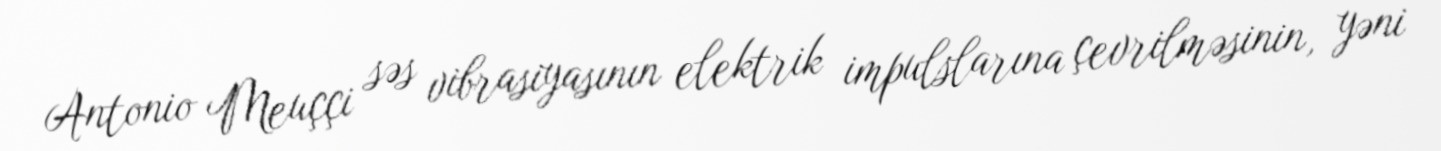
Antonio Meuççi səs vibrasiyasının elektrik impulslarına çevrilməsinin, yəni